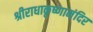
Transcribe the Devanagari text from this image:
श्रीराधाकृष्णामंदिर